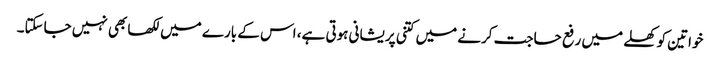
خواتین کو کھلے میں رفع حاجت کرنے میں کتنی پریشانی ہوتی ہے، اس کے بارے میں لکھا بھی نہیں جاسکتا۔